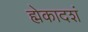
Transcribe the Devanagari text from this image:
ह्मेकादशं